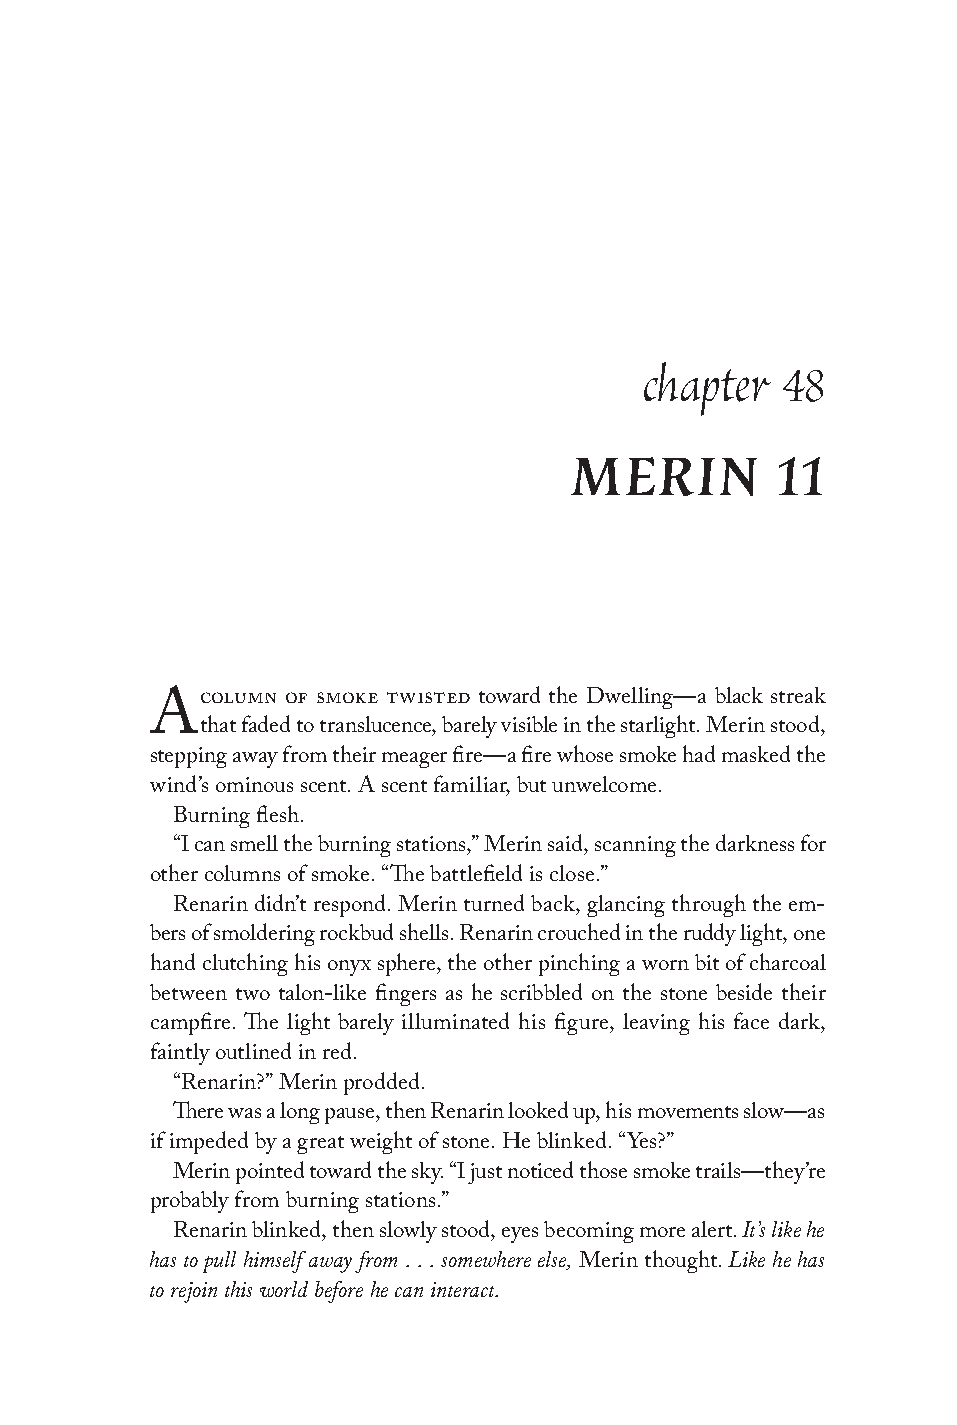
chapter  48
 MERIN        11
 column of smoke twisted toward the Dwelling—a black streak
 A
 that faded to translucence, barely visible in the starlight. Merin stood,
 stepping away from their meager fire—a fire whose smoke had masked the
 wind’s ominous scent. A scent familiar, but unwelcome.
 Burning flesh.
 “I can smell the burning stations,” Merin said, scanning the darkness for
 other columns of smoke. “The battlefield is close.”
 Renarin didn’t respond. Merin turned back, glancing through the em-
 bers of smoldering rockbud shells. Renarin crouched in the ruddy light, one
 hand clutching his onyx sphere, the other pinching a worn bit of charcoal
 between two talon-like fingers as he scribbled on the stone beside their
 campfire. The light barely illuminated his figure, leaving his face dark,
 faintly outlined in red.
 “Renarin?” Merin prodded.
 There was a long pause, then Renarin looked up, his movements slow—as
 if impeded by a great weight of stone. He blinked. “Yes?”
 Merin pointed toward the sky. “I just noticed those smoke trails—they’re
 probably from burning stations.”
 It’s like he
 Renarin blinked, then slowly stood, eyes becoming more alert.
 has to pull himself away from . . . somewhere else, Like he has
 Merin thought.
 to rejoin this world before he can interact.